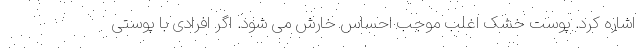
اشاره کرد. پوست خشک اغلب موجب احساس خارش می شود. اگر افرادی با پوستی